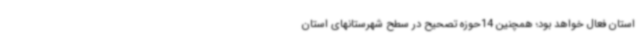
استان فعال خواهد بود؛ همچنین 14حوزه تصحیح در سطح شهرستانهای استان